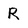
Character: R